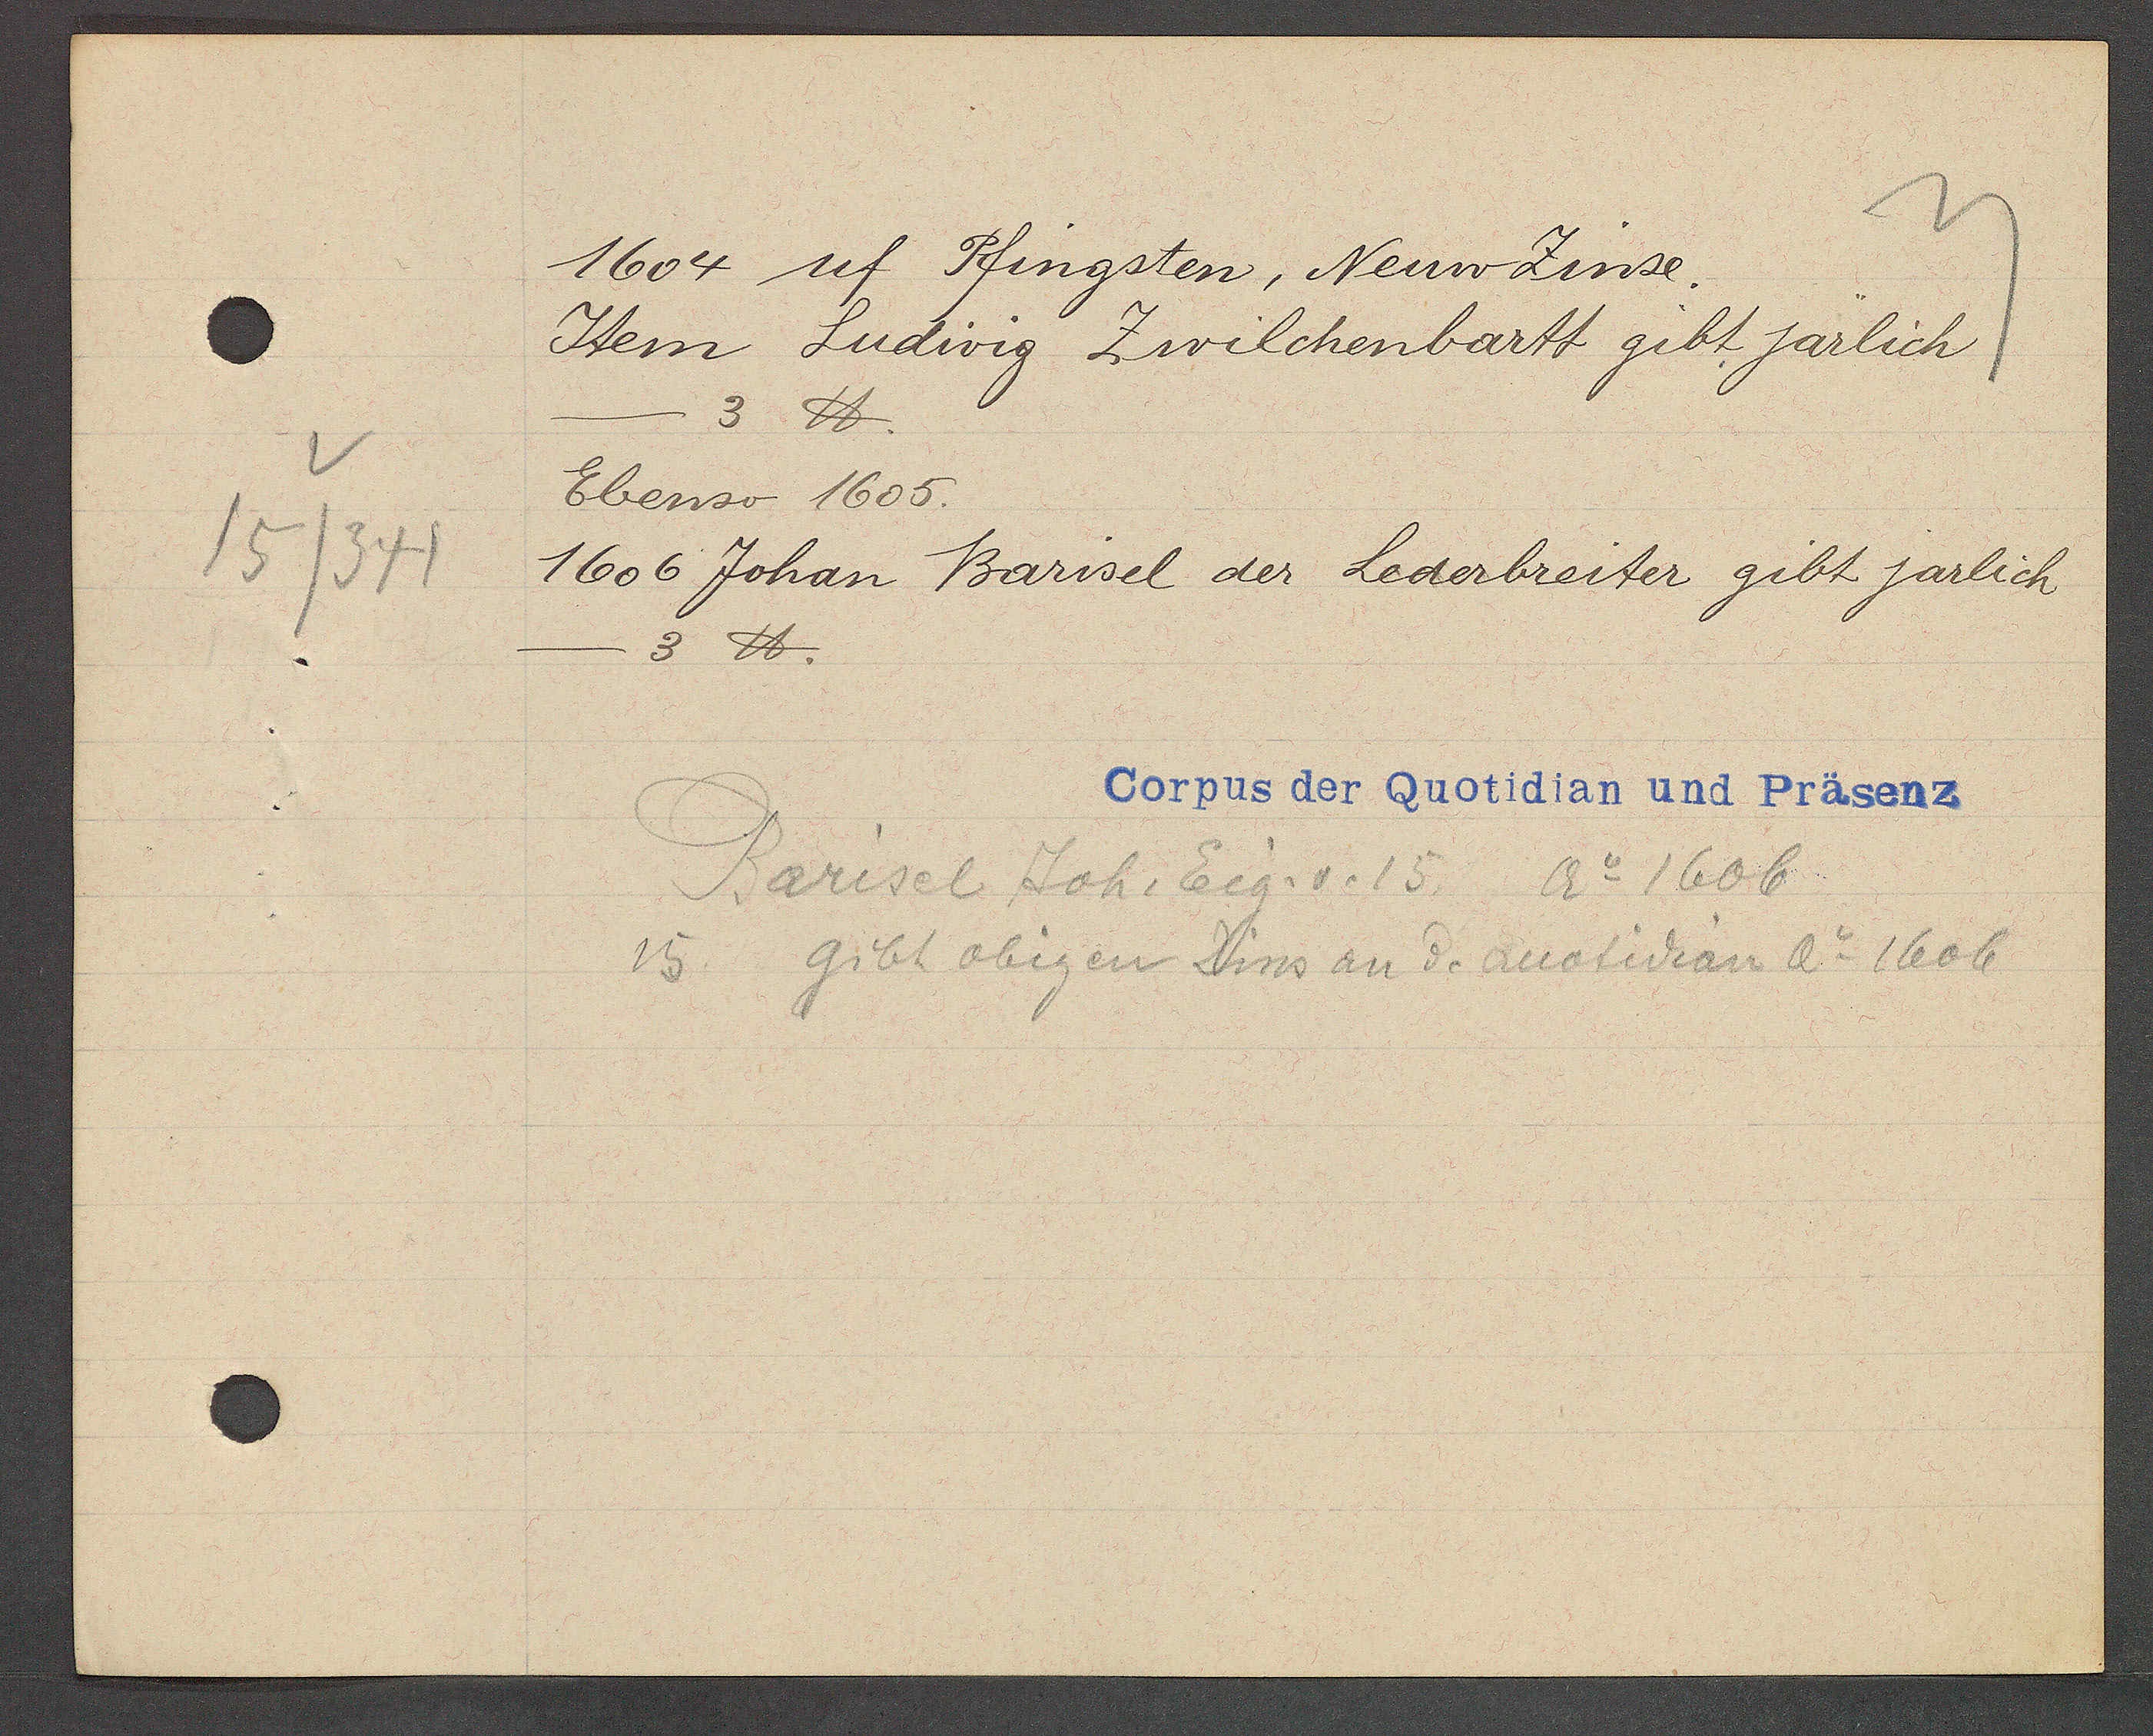
Transcript:
15/341

1604 uf Pfingsten, Neuw Zinse.

Item Ludwig Zwilchenbartt gibt järlich
3 ℔
Ebenso 1605.
1606 Johan Barisel der
Lederbreiter gibt jarlich
3 ℔.

Corpus der Quotidian und Präsenz

Barisel Joh. Eig. v. 15 Ao 1606.
15 gibt obigen Zins an d. auotidan Ao 1606